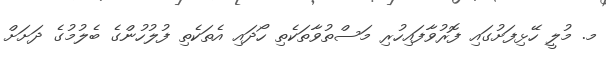
މ. މުލީ ހޭޅިފަށުގައި ފޮރުވާފައިހުރި މަސްތުވާތަކެތި ހޯދައި އެތަކެތި ފުލުހުންގެ ބެލުމުގެ ދަށަށް